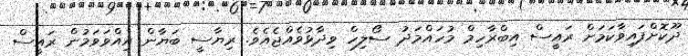
ދޫކޮށްފައިވާކަމަށް ރައީސް އިބްރާހިމް މުހައްމަދު ސޯލިހް ވިދާޅުވެއްޖެއެވެ. ރިޔާސީ ބަޔާން އިއްވަވަމުން ރައީސް